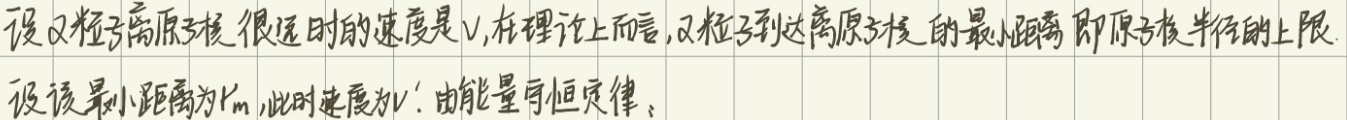
设 $\alpha$ 粒子离原子核很远时的速度是 $v$，在理论上而言，$\alpha$ 粒子到达离原子核的最小距离即原子核半径的上限。设该最小距离为 $r_{m}$，此时速度为 $v'$。由能量守恒定律：